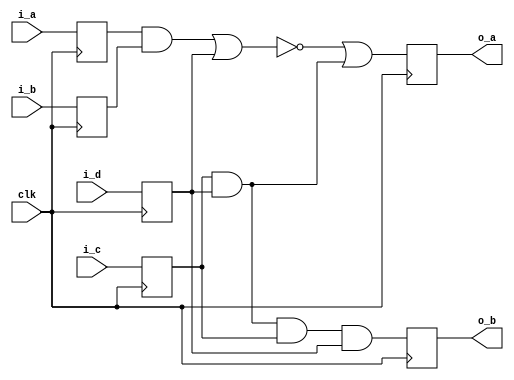
`timescale 1ns / 1ps
//////////////////////////////////////////////////////////////////////////////////
// Company: 
// Engineer: 
// 
// Design Name: 
// Module Name:    Clock 
// Project Name: 
// Target Devices: 
// Tool versions: 
// Description: 
//
// Dependencies: 
//
// Revision: 
// Revision 0.01 - File Created
// Additional Comments: 
//
//////////////////////////////////////////////////////////////////////////////////
module Clock( 
	input wire i_b, 
	input wire i_a,
	input wire i_c,
	input wire i_d,
	input wire clk,
	output reg o_a,
	output reg o_b
	);
	 wire ab;
	 wire cd;
	 wire nab;
	 wire cd_cd;
	 wire	 ab_cd;
	 wire cd_cd_cd;
	 
	 reg i1;
	 reg i2;
	 reg i3;
	 reg i4;
	 
	 assign ab = i1 & i2;
	 assign cd = i3 & i4;
	 assign cd_cd_cd = cd & i3 & i4;
	 assign abc = ab | i4;
	 assign nabc = ~abc;
	 assign ab_cd = nabc | cd;
	 
	 always @(posedge clk)
		begin
			i1<=i_a;
			i2<=i_b;
			i3<=i_c;
			i4<=i_d;
		end

	always @(posedge clk)
		begin
			o_a<=ab_cd;
			o_b<=cd_cd_cd;
		end


endmodule